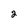
Character: 2